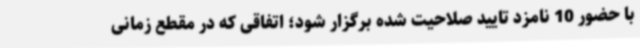
با حضور 10 نامزد تایید صلاحیت شده برگزار شود؛ اتفاقی که در مقطع زمانی